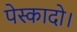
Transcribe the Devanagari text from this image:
पेस्कादो।